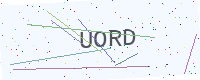
Text: UORD